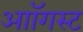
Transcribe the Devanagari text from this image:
आॉगस्ट